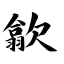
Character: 歙